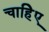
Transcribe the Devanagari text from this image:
चाहिेए